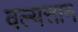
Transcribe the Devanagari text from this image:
वल्यत्तान